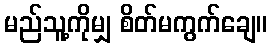
မည်သူ့ကိုမျှ စိတ်မကွက်ချေ။